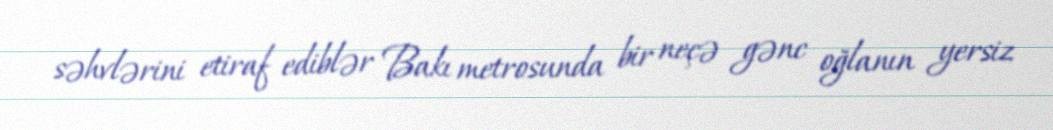
səhvlərini etiraf ediblər Bakı metrosunda bir neçə gənc oğlanın yersiz